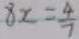
8 x = \frac { 4 } { 7 }